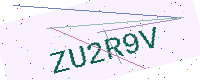
Text: ZU2R9V